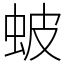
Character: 蚾